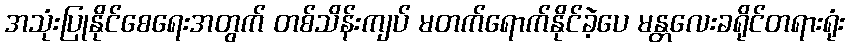
အသုံးပြုနိုင်စေရေးအတွက် တစ်သိန်းကျပ် မတက်ရောက်နိုင်ခဲ့ပေ မန္တလေးခရိုင်တရားရုံး